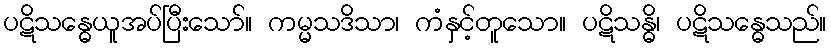
ပဋိသန္ဓေယူအပ်ပြီးသော်။ ကမ္မသဒိသာ၊ ကံနှင့်တူသော။ ပဋိသန္ဓိ၊ ပဋိသန္ဓေသည်။